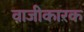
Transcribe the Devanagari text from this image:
वाजीकारक